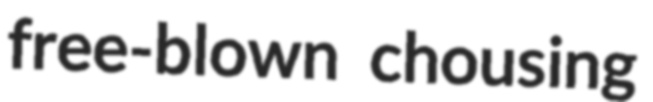
free-blown chousing